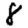
Digit: 8